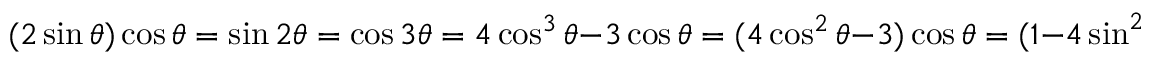
( 2 \sin \theta ) \cos \theta = \sin 2 \theta = \cos 3 \theta = 4 \cos ^ { 3 } \theta - 3 \cos \theta = ( 4 \cos ^ { 2 } \theta - 3 ) \cos \theta = ( 1 - 4 \sin ^ { 2 } \theta ) \cos \theta